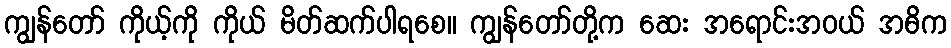
ကျွန်တော် ကိုယ့်ကို ကိုယ် မိတ်ဆက်ပါရစေ။ ကျွန်တော်တို့က ဆေး အရောင်းအဝယ် အဓိက